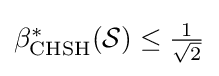
{\textstyle \beta _{\text{CHSH}}^{*}({\mathcal {S}})\leq {\frac {1}{\sqrt {2}}}}